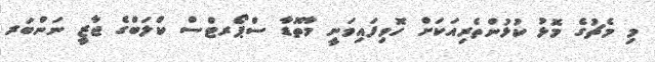
މި މެޗުގެ މޮޅު ކުޅުންތެރިއަކަށް ހޮވިފައިވަނީ މާތޮޑާ ސްޕޯރޓްސް ކްލަބްގެ ޖާޒީ ނަންބަރ